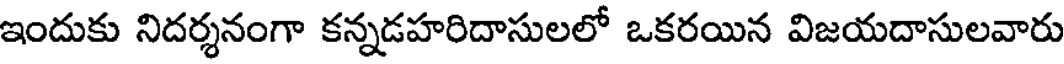
ఇందుకు నిదర్శనంగా కన్నడహరిదాసులలో ఒకరయిన విజయదాసులవారు